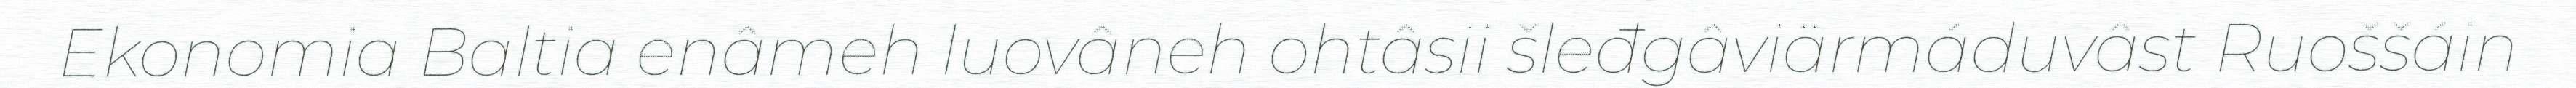
Ekonomia Baltia enâmeh luovâneh ohtâsii šleđgâviärmáduvâst Ruoššáin